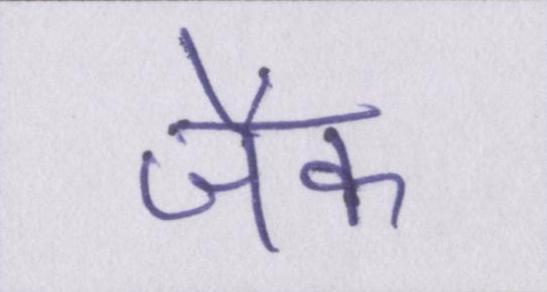
जैक